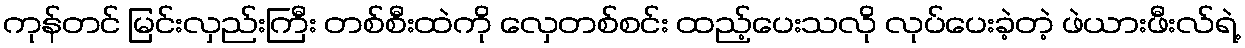
ကုန်တင် မြင်းလှည်းကြီး တစ်စီးထဲကို လှေတစ်စင်း ထည့်ပေးသလို လုပ်ပေးခဲ့တဲ့ ဖဲယားဖီးလ်ရဲ့